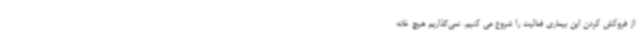
از فروکش کردن این بیماری فعالیت را شروع می کنیم. نمی‌گذاریم هیچ خانه